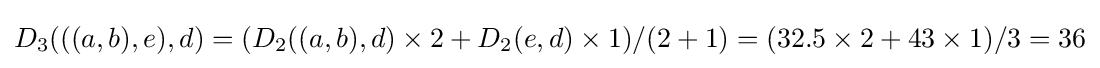
D_{3}(((a,b),e),d)=(D_{2}((a,b),d)\times 2+D_{2}(e,d)\times 1)/(2+1)=(32.5\times 2+43\times 1)/3=36